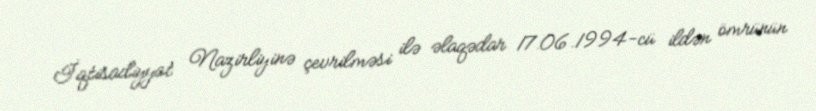
İqtisadiyyat Nazirliyinə çevrilməsi ilə əlaqədar 17.06.1994-cü ildən ömrünün